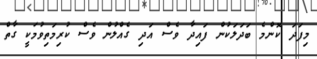
މިފަދަ ކޮންމެ ބަދަލަކުން ފައިދާ ވެސް އަދި ގެއްލުން ވެސް ކުރިމަތިވުމަކީ ގާތް